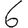
Digit: 6